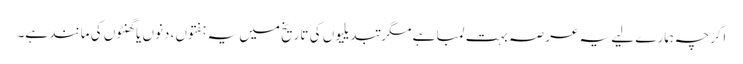
اگرچہ ہمارے لیے یہ عرصہ بہت لمبا ہے مگر تبدیلیوں کی تاریخ میں یہ ہفتوں، دنوں یا گھنٹوں کی مانند ہے۔